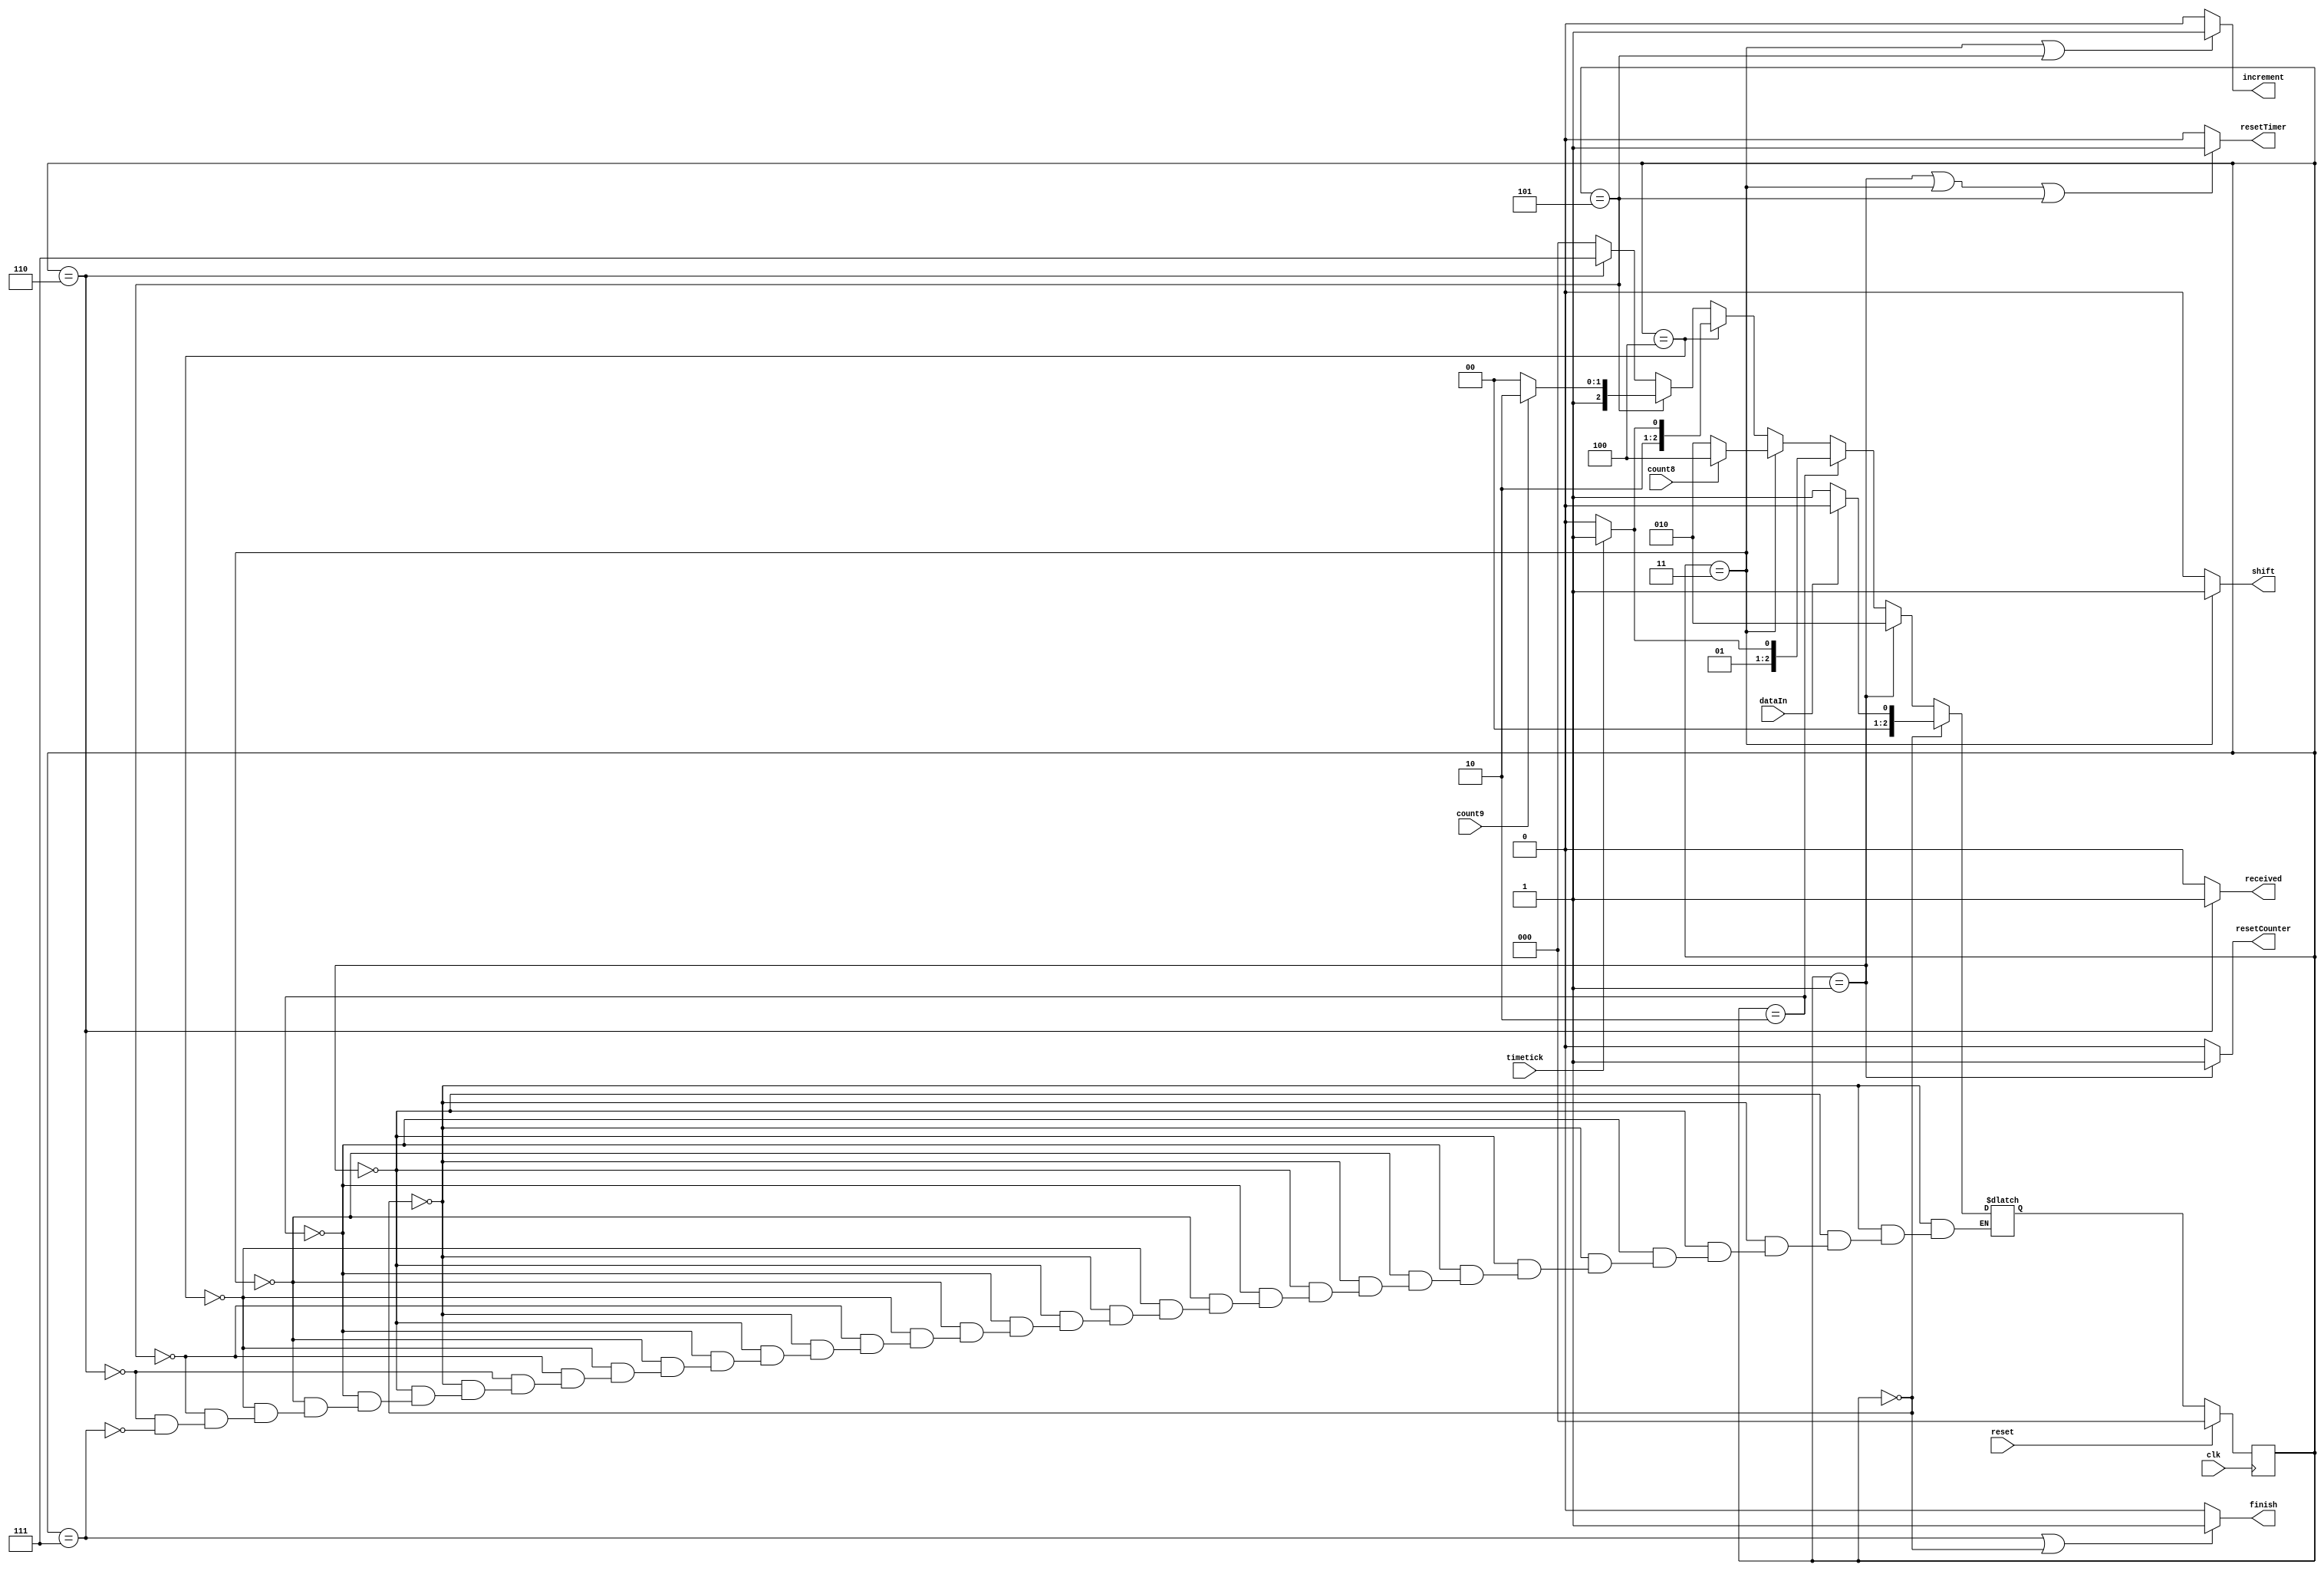
module stateForUartRec(resetTimer,resetCounter,increment,shift,finish,received,count8,count9,timetick,dataIn,clk,reset);
output resetTimer,resetCounter,increment,shift,finish,received;
input count8,count9,timetick,dataIn,clk,reset;

reg resetTimer;
reg resetCounter;
reg increment;
reg shift;
reg received;
reg[2:0] ps;
reg[2:0] ns;
reg finish;

always @(posedge clk)
begin
	if(reset)ps=0;
	else ps = ns;
end

always @(count8 or count9 or timetick or dataIn or ps)
begin
	if(ps == 0)
		begin
			if(dataIn == 1)ns = 0;
			else ns = 1;
		end
	else if(ps == 1)
		begin
			ns = 2;
		end
	else if(ps == 2)
		begin
			if(timetick == 0)ns = 2;
			else ns = 3;
		end
	else if(ps == 3)
		begin
			if(count8 == 1)ns = 4;
			else ns = 2;
		end
	else if(ps == 4)
		begin
			if(timetick == 0)ns = 4;
			else ns = 5;
		end
	else if(ps == 5)
		begin
			if(count9 == 1)ns = 6;
			else ns = 4;
		end
	else if(ps == 6)ns = 7;
	else if(ps == 7)ns=0;
end

always @(ps)
begin
	if(ps == 1 || ps == 3 || ps == 5) resetTimer = 1;
	else resetTimer = 0;
	if(ps == 1)resetCounter = 1;
	else resetCounter = 0;
	if(ps == 3)shift = 1;
	else shift = 0;
	if(ps == 3 || ps == 5)increment = 1;
	else increment = 0;
	if(ps == 7 || ps == 0)finish = 1;
	else finish = 0;
	if(ps == 6)received = 1;
	else received = 0;
	
end

endmodule